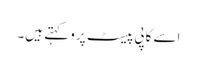
اسے کاپی پیسٹ پرو کہتے ہیں۔